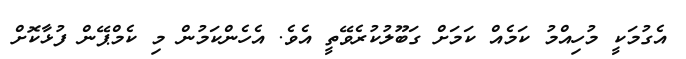
އެގުމަކީ މުހިއްމު ކަމެއް ކަމަށް ގަބޫލުކުރެވޭތީ އެވެ. އެހެންކަމުން މި ކެމްޕޭން ފުޅާކޮށް